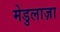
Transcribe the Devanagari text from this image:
मेडुलाज़ा